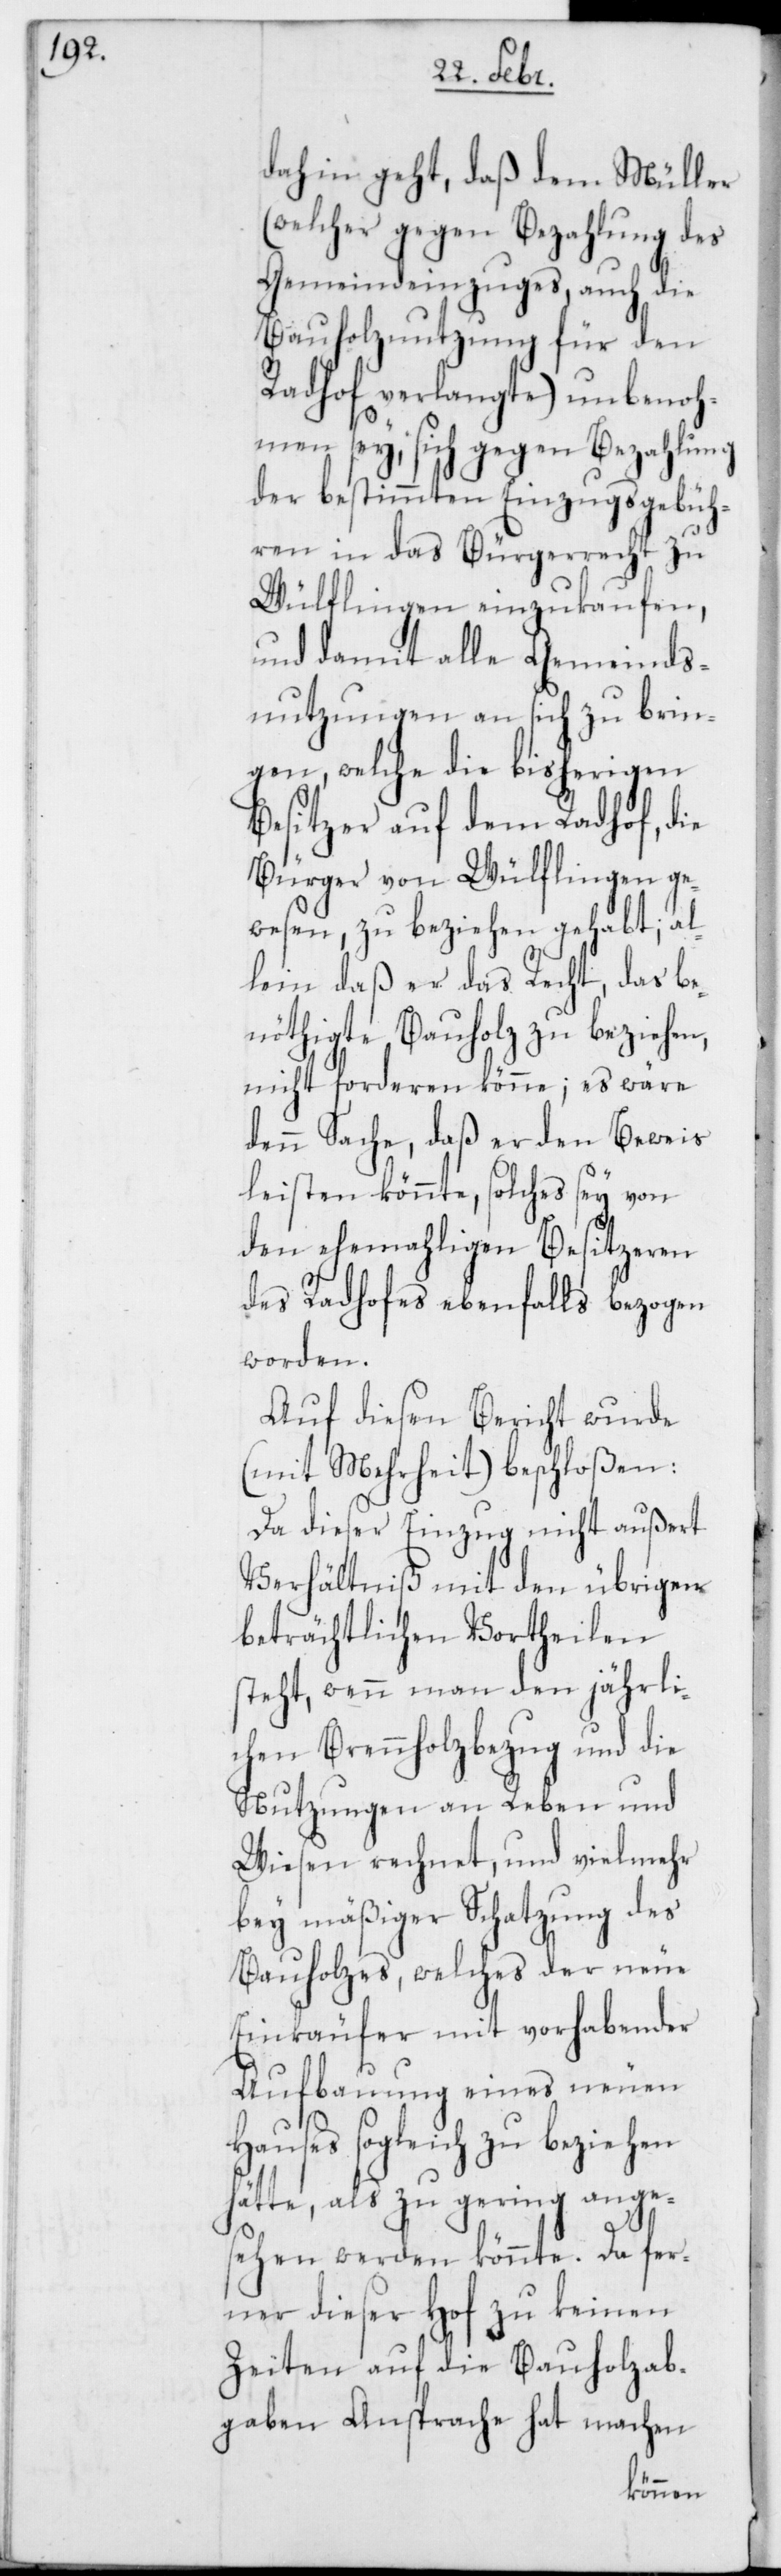
dahin geht, daß dem Müller
(welcher gegen Bezahlung des
Gemeindeinzuges, auch die
Bauholznutzung für den
Radhof verlangte) unbenoh¬
men sey, sich gegen Bezahlung
der bestimmten Einzugsgebüh¬
ren in das Bürgerrecht zu
Wülflingen einzukaufen,
und damit alle Gemeinds¬
nutzungen an sich zu brin¬
gen, welche die bisherigen
Besitzer auf dem Radhof, die
Bürger von Wülflingen ge¬
wesen, zu beziehen gehabt, al¬
lein daß er das Recht, das be¬
nöthigte Bauholz zu beziehen,
nicht forderen könne; es wäre
denn Sache, daß er den Beweis
leisten könnte, solches sey von
den ehemahligen Besitzeren
des Radhofes ebenfalls bezogen
worden.
Auf diesen Bericht wurde
(mit Mehrheit) beschloßen:
Da dieser Einzug nicht außert
Verhältniß mit den übrigen
beträchtlichen Vortheilen
steht, wenn man den jährli¬
chen Brennholzbezug und die
Nutzungen an Reben und
Wiesen rechnet, und vielmehr
bey mäßiger Schatzung des
Bauholzes, welches der neue
Einkäufer mit vorhabender
Aufbauung eines neuen
Hauses sogleich zu beziehen
hätte, als zu gering ange¬
sehen werden könnte. Da fer¬
ner dieser Hof zu keinen
Zeiten auf die Bauholzab¬
gaben Ansprache hat machen